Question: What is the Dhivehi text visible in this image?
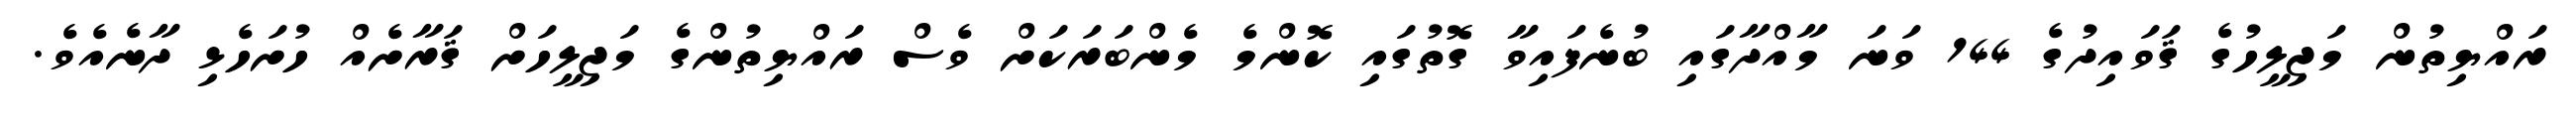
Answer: ރައްޔިތުން މަޖިލީހުގެ ޤަވައިދުގެ 144 ވަނަ މާއްދާގައި ބުނެފައިވާ ގޮތުގައި ކޮންމެ މެންބަރަކަށް ވެސް ރައްޔިތުންގެ މަޖިލީހަށް ޤަރާށެއް ހުށަހެޅި ދާނެއެވެ.